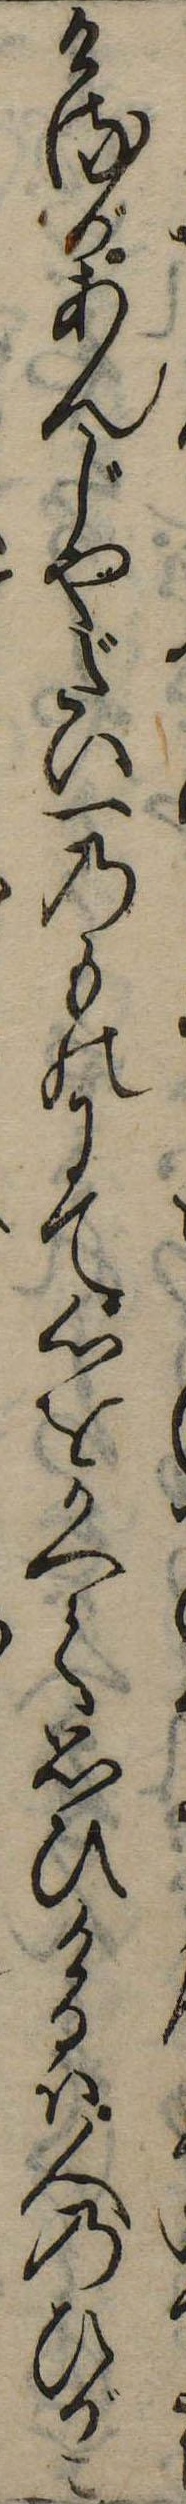
けるがあんじやだい一のものにて心をかへて思ひけるは人のひがこ